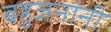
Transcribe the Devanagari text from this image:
बहुजनांनी